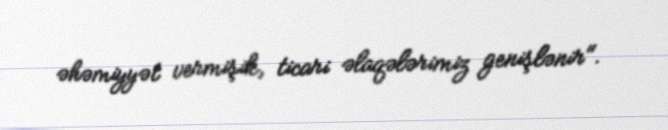
əhəmiyyət vermişik, ticari əlaqələrimiz genişlənir".